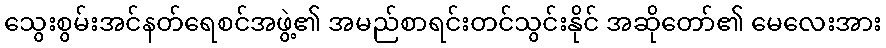
သွေးစွမ်းအင်နတ်ရေစင်အဖွဲ့၏ အမည်စာရင်းတင်သွင်းနိုင် အဆိုတော်၏ မေလေးအား